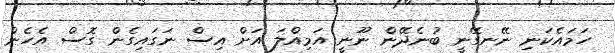
ހަމައެކަނި ނޭނގޭނީ ބުނެދޭން ނޫނީ އަމިއްލަ އަށް އިސް ނަގައިގެން ގޮސް އެހެން